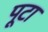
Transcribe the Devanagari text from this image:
पूटा